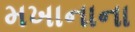
મખાનાના